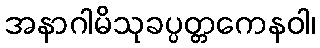
အနာဂါမိသုခပ္ပတ္တကေနဝါ၊